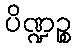
ပိဏ္ဍဉ္စ